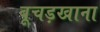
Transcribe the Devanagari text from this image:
बूचड़खाना